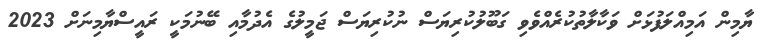
ޔާމިން އަމިއްލަފުޅަށް ވަކާލާތުކުރެއްވެވި ގަބޫލުކުރިޔަސް ނުކުރިޔަސް ޖަމީލުގެ އެދުމާއި ބޭނުމަކީ ރައީސްޔާމިނަށް 2023